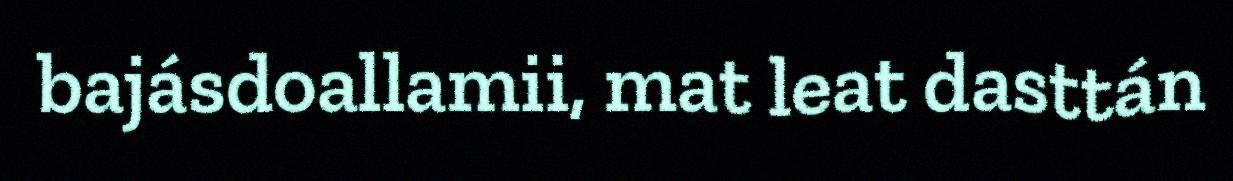
bajásdoallamii, mat leat dasttán